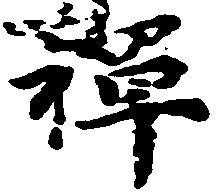
禅